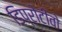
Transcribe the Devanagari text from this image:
डिप्रोटीवो